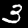
Digit: 3